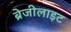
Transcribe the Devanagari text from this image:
ब्रेजीलाइट